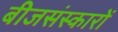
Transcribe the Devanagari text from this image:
बीजसंस्कारों